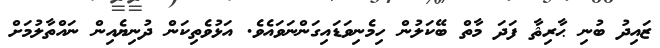
ޒައިދު ބުނި ޙާރިޘާ ފަދަ މާތް ބޭކަލުން ހިމެނިވަޑައިގަންނަވައެވެ. އަޅުވެތިކަން ދުނިޔެއިން ނައްތާލުމަށް